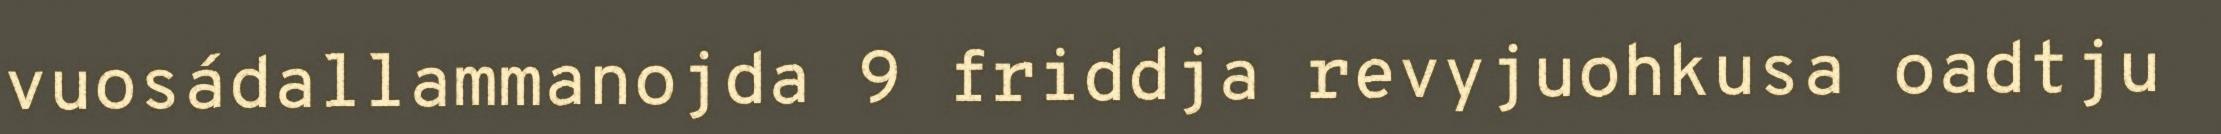
vuosádallammanojda 9 friddja revyjuohkusa oadtju